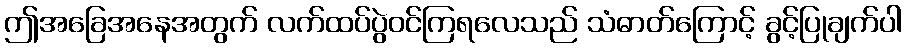
ဤအခြေအနေအတွက် လက်ထပ်ပွဲဝင်ကြရလေသည် သံဓာတ်ကြောင့် ခွင့်ပြုချက်ပါ